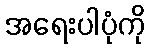
အရေးပါပုံကို